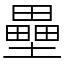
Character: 壘